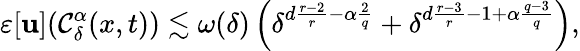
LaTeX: \varepsilon[\mathbf{u}](\mathcal{{C}}_{\delta}^{\alpha}(x,t))\lesssim\omega(\delta)\left(\delta^{d\frac{{r-2}}{{r}}-\alpha\frac{{2}}{{q}}}+\delta^{d\frac{{r-3}}{{r}}-1+\alpha\frac{{q-3}}{{q}}}\right),